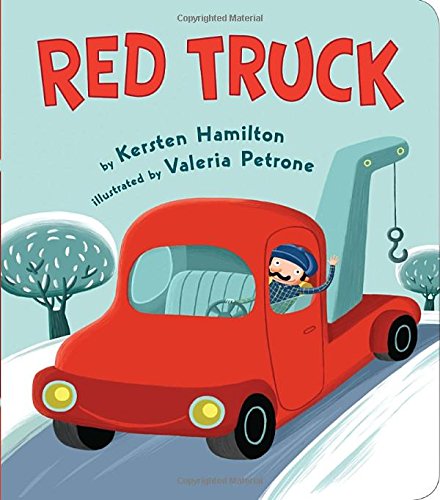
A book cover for Red Truck; Kersten Hamilton; Children's Books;